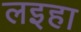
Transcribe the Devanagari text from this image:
लइहा